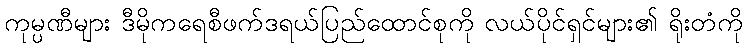
ကုမ္ပဏီများ ဒီမိုကရေစီဖက်ဒရယ်ပြည်ထောင်စုကို လယ်ပိုင်ရှင်များ၏ ရိုးတံကို